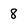
Character: 8